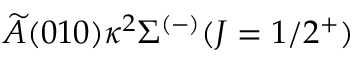
\widetilde { A } ( 0 1 0 ) \kappa ^ { 2 } \Sigma ^ { ( - ) } ( J = 1 / 2 ^ { + } )